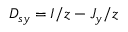
D _ { s y } = I / z - J _ { y } / z